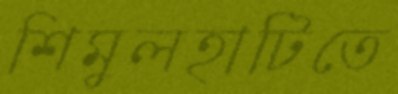
শিমুলহাটিতে